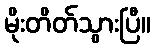
မိုးတိတ်သွားပြီ။